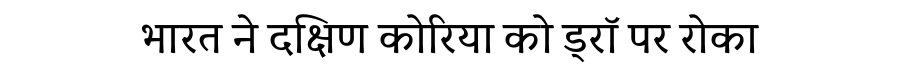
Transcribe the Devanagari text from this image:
भारत ने दक्षिण कोरिया को ड्रॉ पर रोका